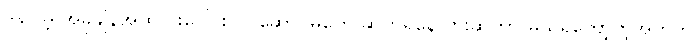
ဒါပေမဲ့ အခုချိန်အထိ ပူးပေါင်းလုပ်ဆောင်မှုတွေ ဆက်ရှိနေလားဆိုတာ မသိရတော့တဲ့အတွက်